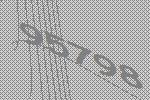
95798